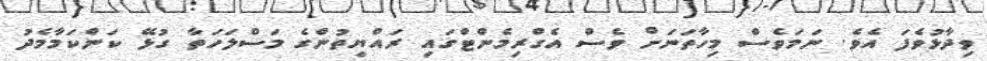
ވިދާޅުވެފަ އެވެ. ނަމަވެސް މިހާތަނަށް ވެސް އެގްރިމެންޓްގައި ރައްޔިތުންގެ މަސްލަހަތާ ގުޅޭ ކަންކަމާމެދު